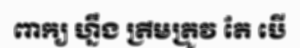
ពាក្យ ហ្នឹង ត្រឹមត្រូវ តែ បើ